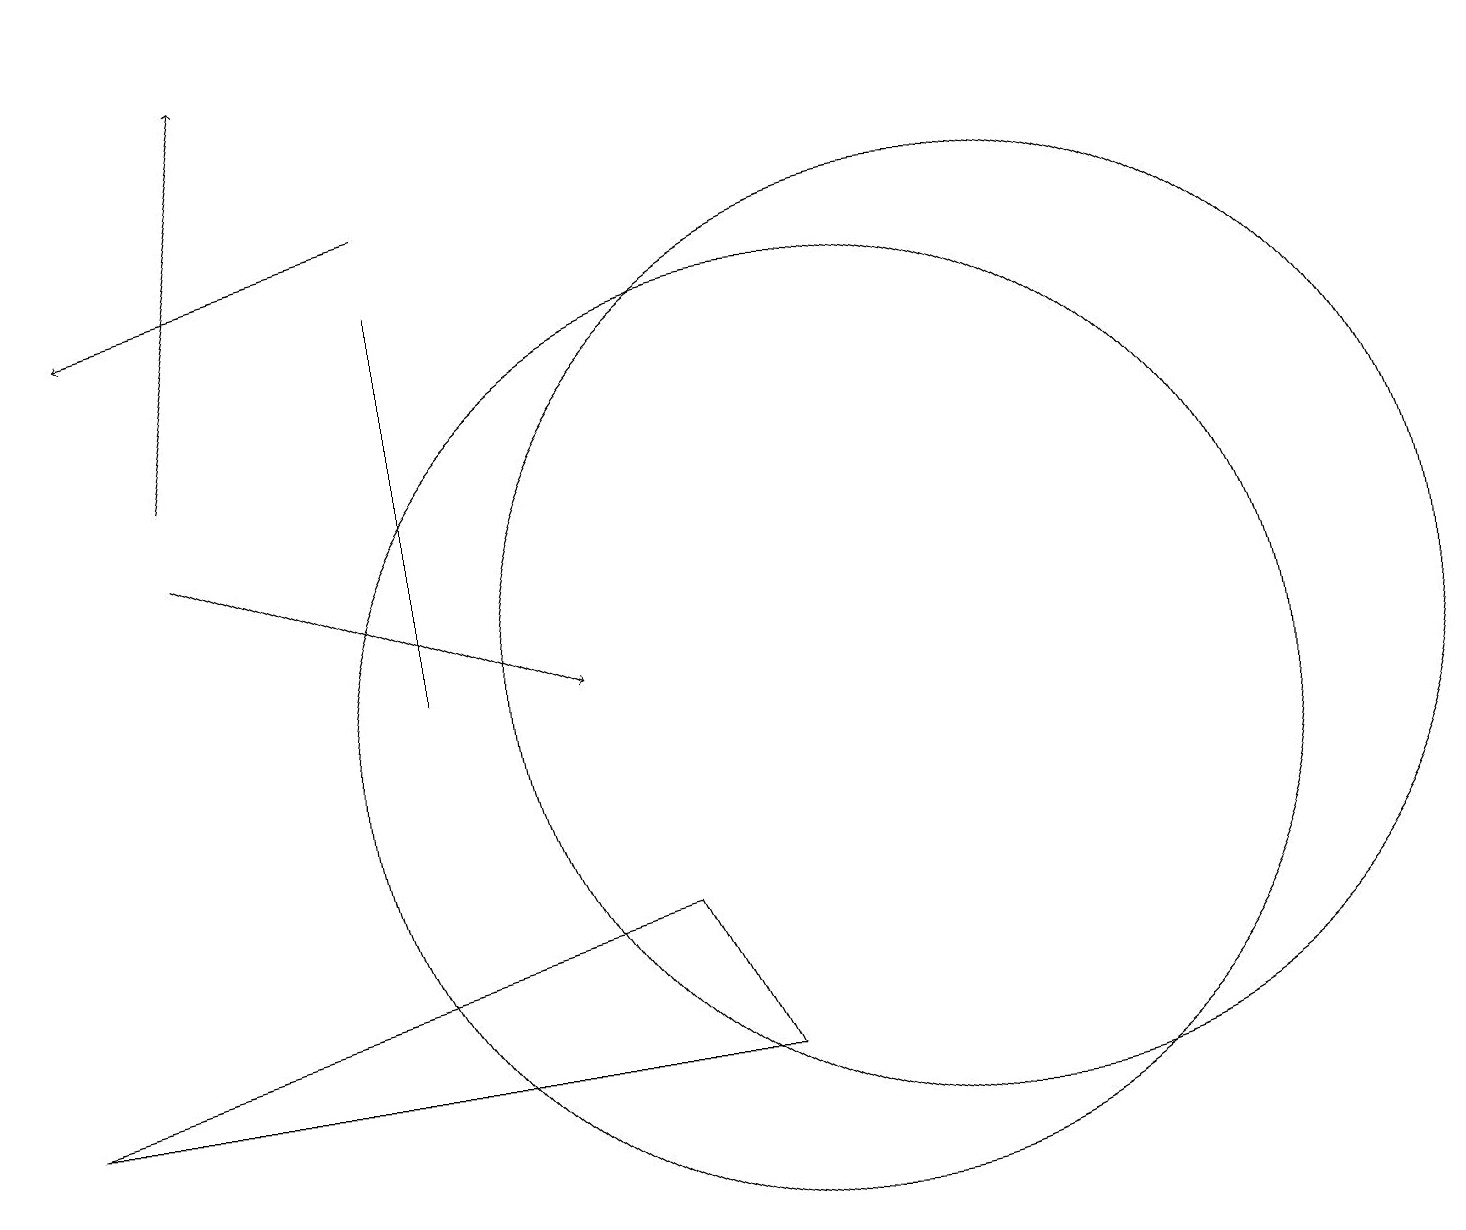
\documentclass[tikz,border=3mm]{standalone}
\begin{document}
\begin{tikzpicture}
\draw (9,6) -- (0,6) -- (8,8) -- cycle;
\draw (5,11) rectangle (5,16);
\draw[->] (2,13) -- (7,11);
\draw (12,11) circle (6);
\draw[->] (5,17) -- (1,16);
\draw (10,10) circle (6);
\draw[->] (2,14) -- (3,19);
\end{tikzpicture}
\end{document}